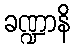
ခဏ္ဍာနိ